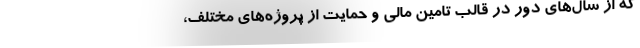
که از سال‌های دور در قالب تامین مالی و حمایت از پروژه‌های مختلف،